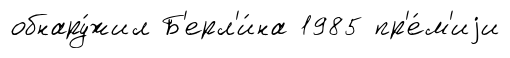
обнару́жил Б'ерл'и́на 1985 пр'е́м'иjи